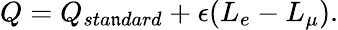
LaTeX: Q=Q_{sta\mathfrak{n}dard}+\epsilon(L_{e}-L_{\mu}).